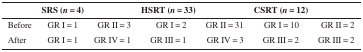
|  | SRS (n = 4) |  | HSRT (n = 33) |  | CSRT (n = 12) |  |
 | --- | --- | --- | --- | --- | --- | --- |
 | Before | GR I = 1 | GR II = 3 | GR I = 2 | GR II = 31 | GR I = 10 | GR II = 2 |
 | After | GR I = 1 | GR IV = 1 | GR III = 1 | GR IV = 3 | GR III = 2 | GR III = 2 |